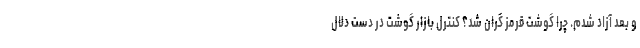
و بعد آزاد شدم. چرا گوشت قرمز گران شد؟ کنترل بازار گوشت در دست دلال